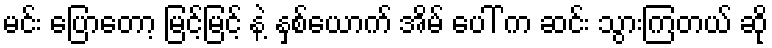
မင်း ပြောတော့ မြင့်မြင့် နဲ့ နှစ်ယောက် အိမ် ပေါ် က ဆင်း သွားကြတယ် ဆို